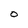
Character: O